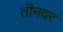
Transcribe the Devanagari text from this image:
तीनवर